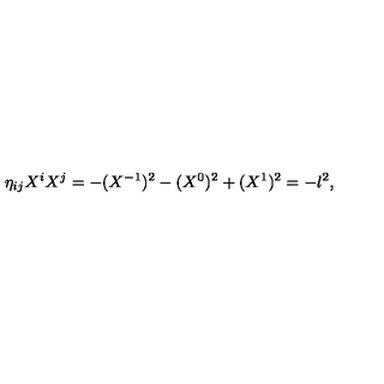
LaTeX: \eta _ { i j } X ^ { i } X ^ { j } = - ( X ^ { - 1 } ) ^ { 2 } - ( X ^ { 0 } ) ^ { 2 } + ( X ^ { 1 } ) ^ { 2 } = - l ^ { 2 } ,